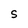
Character: S